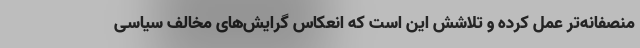
منصفانه‌تر عمل کرده و تلاشش این است که انعکاس گرایش‌های مخالف سیاسی